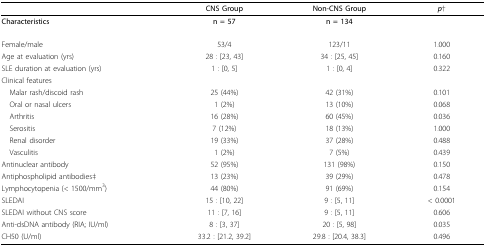
|  | CNS Group | Non-CNS Group | p† |
 | Characteristics | n = 57 | n = 134 |  |
 | --- | --- | --- | --- |
 | Female/male | 53/4 | 123/11 | 1.000 |
 | Age at evaluation (yrs) | 28 : [23, 43] | 34 : [25, 45] | 0.160 |
 | SLE duration at evaluation (yrs) | 1 : [0, 5] | 1 : [0, 4] | 0.322 |
 | Clinical features |  |  |  |
 | Malar rash/discoid rash | 25 (44%) | 42 (31%) | 0.101 |
 | Oral or nasal ulcers | 1 (2%) | 13 (10%) | 0.068 |
 | Arthritis | 16 (28%) | 60 (45%) | 0.036 |
 | Serositis | 7 (12%) | 18 (13%) | 1.000 |
 | Renal disorder | 19 (33%) | 37 (28%) | 0.488 |
 | Vasculitis | 1 (2%) | 7 (5%) | 0.439 |
 | Antinuclear antibody | 52 (95%) | 131 (98%) | 0.150 |
 | Antiphospholipid antibodies‡ | 13 (23%) | 39 (29%) | 0.478 |
 | Lymphocytopenia (< 1500/mm3) | 44 (80%) | 91 (69%) | 0.154 |
 | SLEDAI | 15 : [10, 22] | 9 : [5, 11] | < 0.0001 |
 | SLEDAI without CNS score | 11 : [7, 16] | 9 : [5, 11] | 0.606 |
 | Anti-dsDNA antibody (RIA; IU/ml) | 8 : [3, 37] | 20 : [5, 98] | 0.035 |
 | CH50 (U/ml) | 33.2 : [21.2, 39.2] | 29.8 : [20.4, 38.3] | 0.496 |